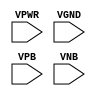
/**
 * Copyright 2020 The SkyWater PDK Authors
 *
 * Licensed under the Apache License, Version 2.0 (the "License");
 * you may not use this file except in compliance with the License.
 * You may obtain a copy of the License at
 *
 *     https://www.apache.org/licenses/LICENSE-2.0
 *
 * Unless required by applicable law or agreed to in writing, software
 * distributed under the License is distributed on an "AS IS" BASIS,
 * WITHOUT WARRANTIES OR CONDITIONS OF ANY KIND, either express or implied.
 * See the License for the specific language governing permissions and
 * limitations under the License.
 *
 * SPDX-License-Identifier: Apache-2.0
 */

`ifndef SKY130_FD_SC_LS__TAPMET1_PP_BLACKBOX_V
`define SKY130_FD_SC_LS__TAPMET1_PP_BLACKBOX_V

/**
 * tapmet1: Tap cell with isolated power and ground connections.
 *
 * Verilog stub definition (black box with power pins).
 *
 * WARNING: This file is autogenerated, do not modify directly!
 */

`timescale 1ns / 1ps
`default_nettype none

(* blackbox *)
module sky130_fd_sc_ls__tapmet1 (
    VPWR,
    VGND,
    VPB ,
    VNB
);

    input VPWR;
    input VGND;
    input VPB ;
    input VNB ;
endmodule

`default_nettype wire
`endif  // SKY130_FD_SC_LS__TAPMET1_PP_BLACKBOX_V